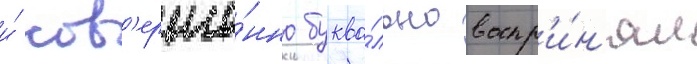
и́ сов'ерше́нно буква́льно воспр'и́н'ял